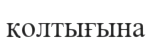
қолтығына